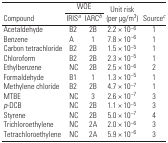
| <ROWSPAN=2> Compound | <COLSPAN=2> WOE | <ROWSPAN=2> Unit risk (per μg/m3) | <ROWSPAN=2> Sourcec |
 | IRISa | IARCb |
 | --- | --- | --- | --- | --- |
 | Acetaldehyde | B2 | 2B | 2.2 × 10−6 | 1 |
 | Benzene | A | 1 | 7.8 × 10−6 | 1 |
 | Carbon tetrachloride | B2 | 2B | 1.5 × 10−5 | 1 |
 | Chloroform | B2 | 2B | 2.3 × 10−5 | 1 |
 | Ethylbenzene | NC | 2B | 2.5 × 10−6 | 2 |
 | Formaldehyde | B1 | 1 | 1.3 × 10−5 | 1 |
 | Methylene chloride | B2 | 2B | 4.7 × 10−7 | 1 |
 | MTBE | NC | 3 | 2.6 × 10−7 | 3 |
 | p-DCB | NC | 2B | 1.1 × 10−5 | 3 |
 | Styrene | NC | 2B | 5.0 × 10−7 | 4 |
 | Trichloroethylene | NC | 2A | 2.0 × 10−6 | 3 |
 | Tetrachloroethylene | NC | 2A | 5.9 × 10−6 | 3 |